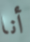
أنا